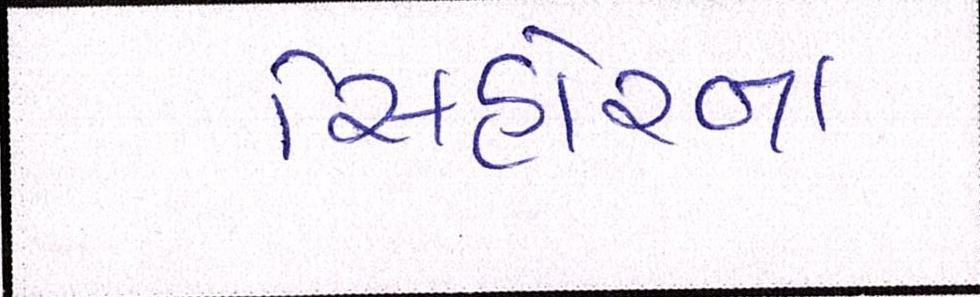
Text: સિહોરના